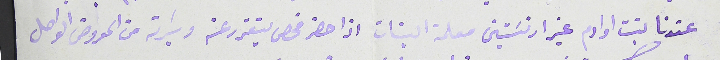
عندنا بنت اوادم غير ارنسَتين معلمة البنات اذا حضر فحص يتقرر عنه وسَيرته من المعروض الواصل